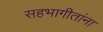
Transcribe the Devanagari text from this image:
सहभागीतांना